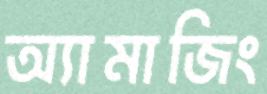
অ্যামাজিং